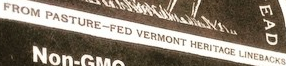
FORM PASTUER-FED VERMONT HERITACE LINERACKS